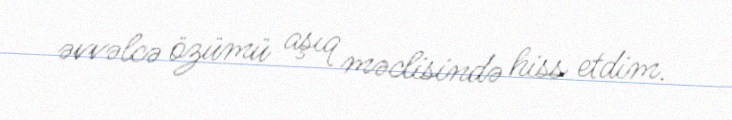
əvvəlcə özümü aşıq məclisində hiss etdim.